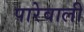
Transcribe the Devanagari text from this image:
पारेवाली